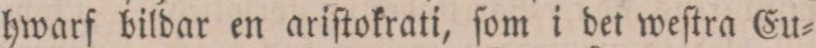
hwarf bildar en ariſtokrati, ſom i det weſtra Eu=